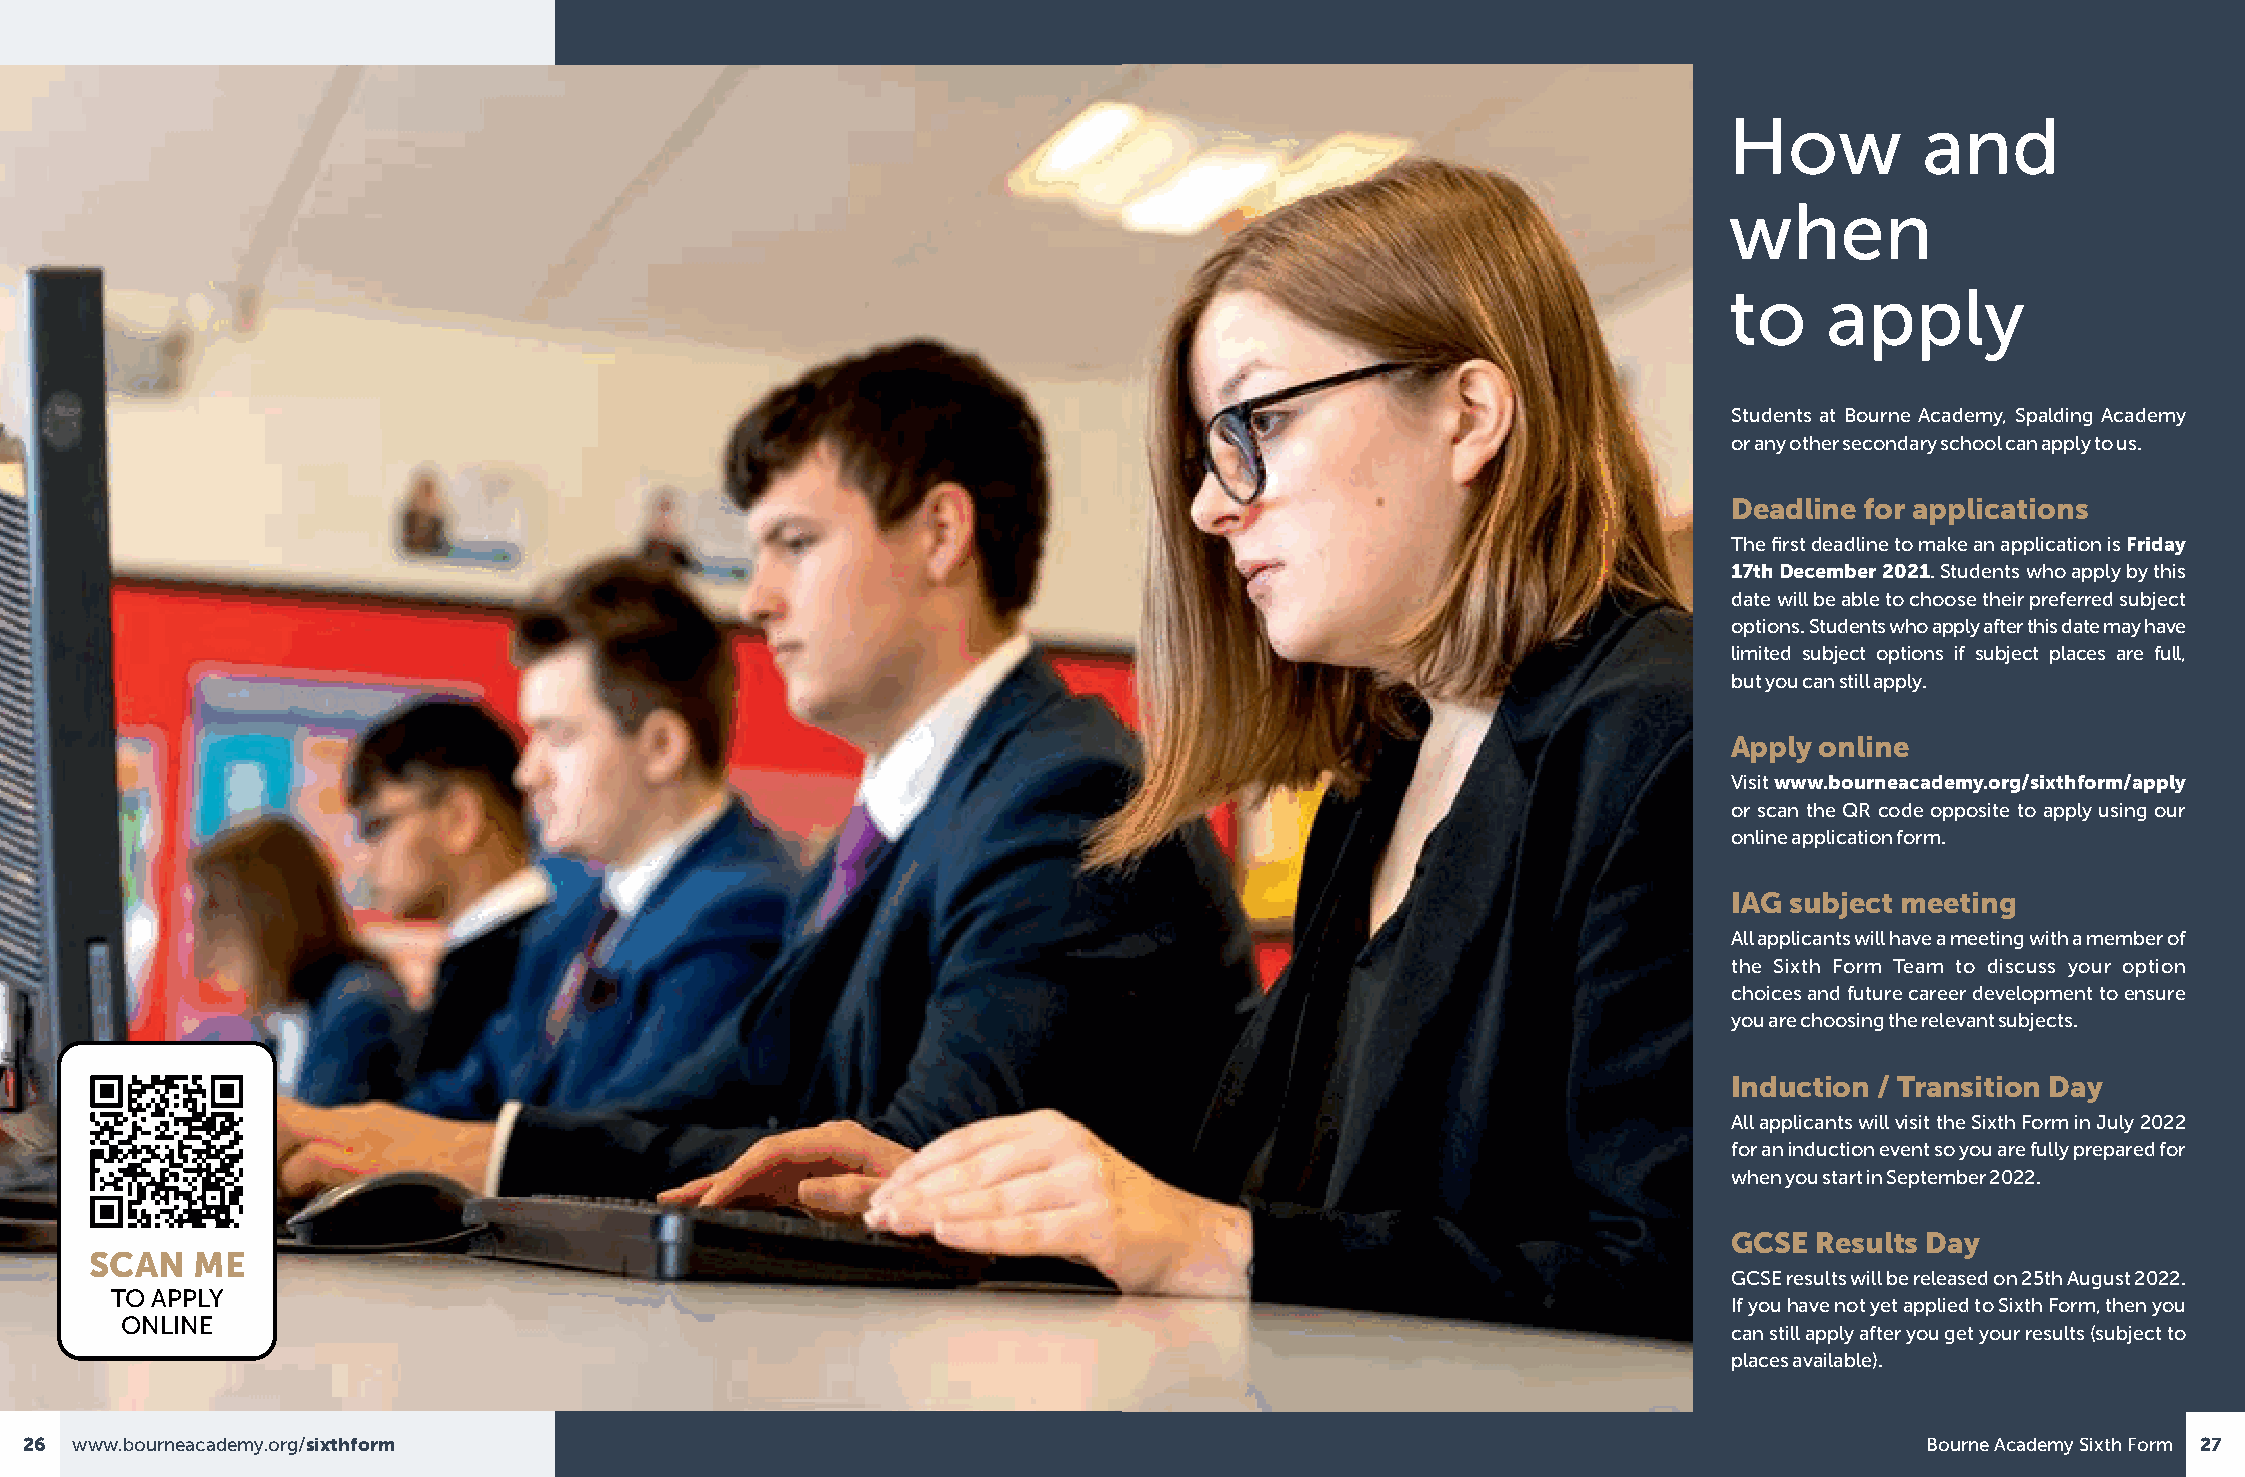
How          and
 when
 to     apply
 Students at Bourne Academy, Spalding Academy
 or any other secondary school can apply to us.
 Deadline for applications
 The first deadline to make an application is Friday
 17th December 2021. Students who apply by this
 date will be able to choose their preferred subject
 options. Students who apply after this date may have
 limited subject options if subject places are full,
 but you can still apply.
 Apply online
 Visit www.bourneacademy.org/sixthform/apply
 or scan the QR code opposite to apply using our
 online application form.
 IAG subject meeting
 All applicants will have a meeting with a member of
 the Sixth Form Team to discuss your option
 choices and future career development to ensure
 you are choosing the relevant subjects.
 Induction / Transition Day
 All applicants will visit the Sixth Form in July 2022
 for an induction event so you are fully prepared for
 when you start in September 2022.
 GCSE Results Day
 SCAN   ME
 GCSE results will be released on 25th August 2022.
 TO APPLY
 If you have not yet applied to Sixth Form, then you
 ONLINE
 can still apply after you get your results (subject to
 places available).
 26  www.bourneacademy.org/sixthform                                                                                           Bourne Academy Sixth Form 27